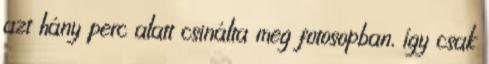
azt hány perc alatt csinálta meg fotosopban, így csak